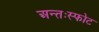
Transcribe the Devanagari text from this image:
अन्तःस्फोट